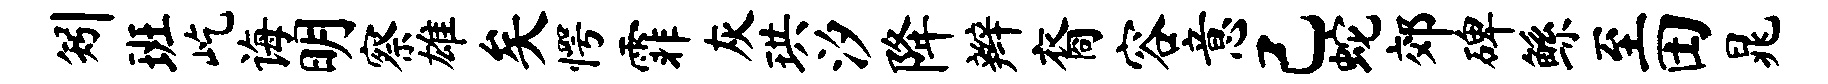
矧班屹诲明察雄矣愕霏灰珙汐降辫裔容意己蛇郊碑鲧至田晁